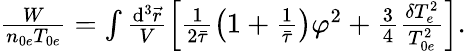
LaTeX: \begin{array}{r}{\frac{W}{n_{0e}T_{0e}}=\int\frac{\mathrm{d}^{3}\vec{r}}{V}\left[\frac{1}{2\bar{\tau}}\left(1+\frac{1}{\bar{\tau}}\right)\varphi^{2}+\frac{3}{4}\frac{\delta T_{e}^{2}}{T_{0e}^{2}}\right].}\end{array}